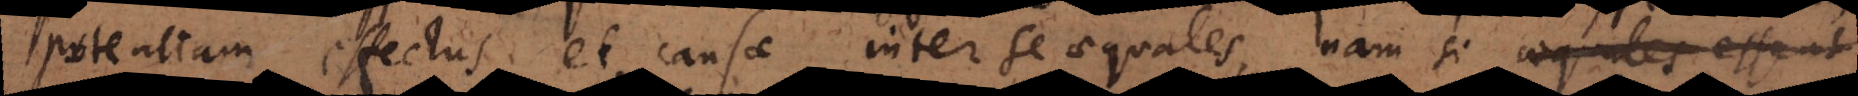
potentiam effectus et causae inter se aequales, nam si aequales essent